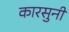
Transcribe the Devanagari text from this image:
कारसुनी